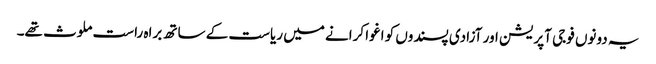
یہ دونوں فوجی آپریشن اور آزادی پسندوں کو اغوا کرانے میں ریاست کے ساتھ براہ راست ملوث تھے۔